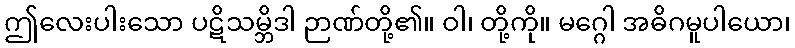
ဤလေးပါးသော ပဋိသမ္ဘိဒါ ဉာဏ်တို့၏။ ဝါ၊ တို့ကို။ မဂ္ဂေါ အဓိဂမူပါယော၊